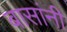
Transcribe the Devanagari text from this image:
बासांनी